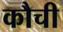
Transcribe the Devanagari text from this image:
कौची